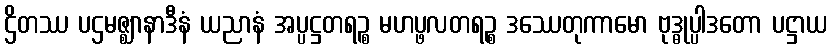
ဌိတဿ ပဌမဇ္ဈာနာဒီနံ ယညာနံ အပ္ပဋ္ဌတရဉ္စ မဟပ္ဖလတရဉ္စ ဒဿေတုကာမော ဗုဒ္ဓုပ္ပါဒတော ပဋ္ဌာယ